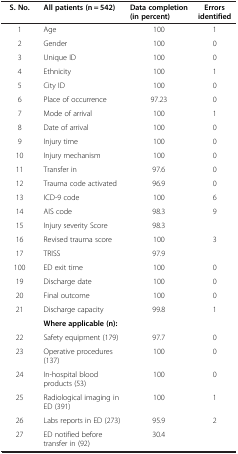
<table><thead><tr><td><b>S. No.</b></td><td><b>All patients (n = 542)</b></td><td><b>Data completion (in percent)</b></td><td><b>Errors identified</b></td></tr></thead><tbody><tr><td>1</td><td>Age</td><td>100</td><td>1</td></tr><tr><td>2</td><td>Gender</td><td>100</td><td>0</td></tr><tr><td>3</td><td>Unique ID</td><td>100</td><td>0</td></tr><tr><td>4</td><td>Ethnicity</td><td>100</td><td>1</td></tr><tr><td>5</td><td>City ID</td><td>100</td><td>0</td></tr><tr><td>6</td><td>Place of occurrence</td><td>97.23</td><td>0</td></tr><tr><td>7</td><td>Mode of arrival</td><td>100</td><td>1</td></tr><tr><td>8</td><td>Date of arrival</td><td>100</td><td>0</td></tr><tr><td>9</td><td>Injury time</td><td>100</td><td>0</td></tr><tr><td>10</td><td>Injury mechanism</td><td>100</td><td>0</td></tr><tr><td>11</td><td>Transfer in</td><td>97.6</td><td>0</td></tr><tr><td>12</td><td>Trauma code activated</td><td>96.9</td><td>0</td></tr><tr><td>13</td><td>ICD-9 code</td><td>100</td><td>6</td></tr><tr><td>14</td><td>AIS code</td><td>98.3</td><td>9</td></tr><tr><td>15</td><td>Injury severity Score</td><td>98.3</td><td> </td></tr><tr><td>16</td><td>Revised trauma score</td><td>100</td><td>3</td></tr><tr><td>17</td><td>TRISS</td><td>97.9</td><td> </td></tr><tr><td>100</td><td>ED exit time</td><td>100</td><td>0</td></tr><tr><td>19</td><td>Discharge date</td><td>100</td><td>0</td></tr><tr><td>20</td><td>Final outcome</td><td>100</td><td>0</td></tr><tr><td>21</td><td>Discharge capacity</td><td>99.8</td><td>1</td></tr><tr><td> </td><td><b>Where applicable (n):</b></td><td> </td><td> </td></tr><tr><td>22</td><td>Safety equipment (179)</td><td>97.7</td><td>0</td></tr><tr><td>23</td><td>Operative procedures (137)</td><td>100</td><td>0</td></tr><tr><td>24</td><td>In-hospital blood products (53)</td><td>100</td><td>0</td></tr><tr><td>25</td><td>Radiological imaging in ED (391)</td><td>100</td><td>1</td></tr><tr><td>26</td><td>Labs reports in ED (273)</td><td>95.9</td><td>2</td></tr><tr><td>27</td><td>ED notified before transfer in (92)</td><td>30.4</td><td> </td></tr></tbody></table>